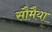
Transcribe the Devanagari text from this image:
सौमैया